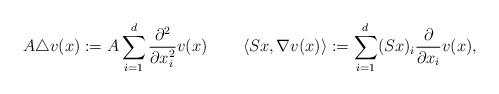
LaTeX: \begin{align*} A\triangle v(x):=A\sum_{i=1}^{d}\frac{\partial^2}{\partial x_i^2}v(x)\quad\quad\left\langle Sx,\nabla v(x)\right\rangle:=\sum_{i=1}^{d}(Sx)_i\frac{\partial}{\partial x_i}v(x),\end{align*}